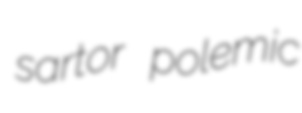
sartor polemic